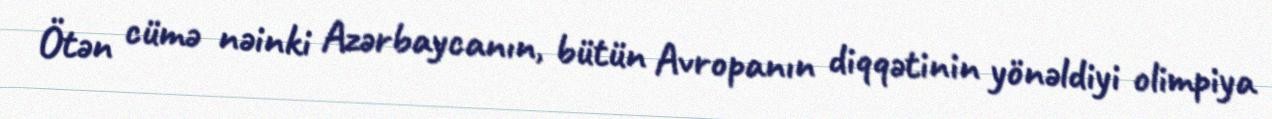
Ötən cümə nəinki Azərbaycanın, bütün Avropanın diqqətinin yönəldiyi olimpiya